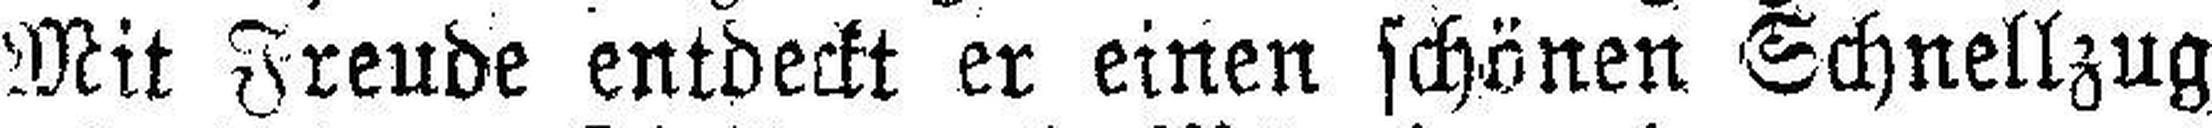
Mit Freude entdeckt er einen schönen Schnellzug